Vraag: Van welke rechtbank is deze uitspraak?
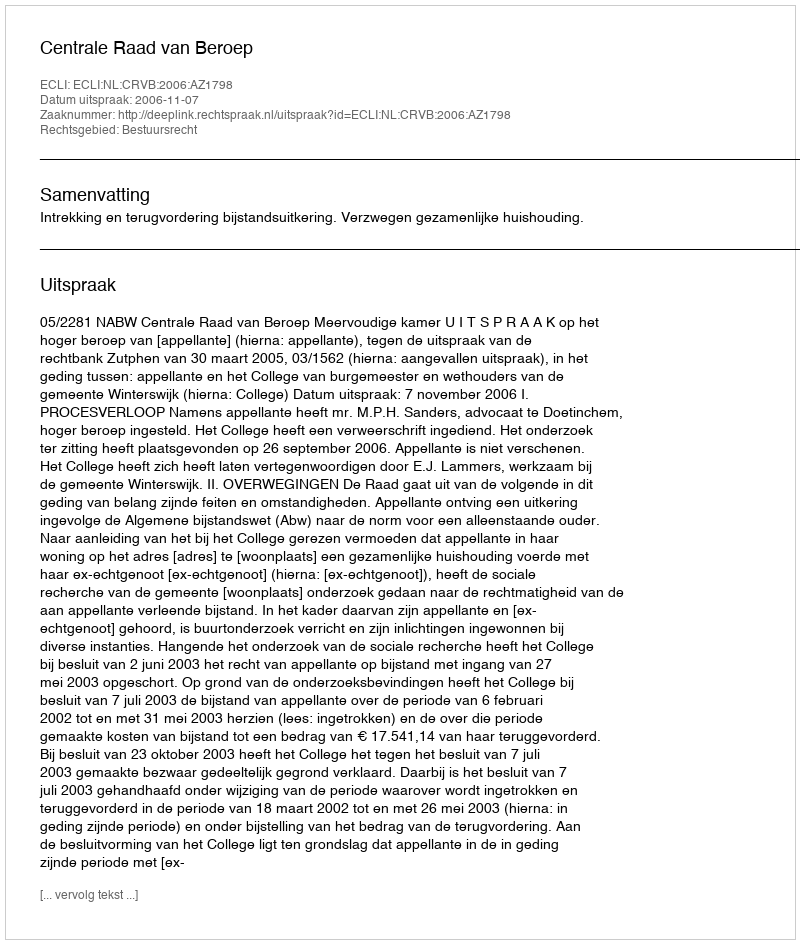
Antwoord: Centrale Raad van Beroep